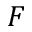
F